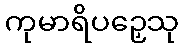
ကုမာရိပဉှေသု